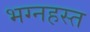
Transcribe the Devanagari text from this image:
भग्नहस्त